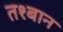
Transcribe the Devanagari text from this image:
तश्बान